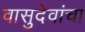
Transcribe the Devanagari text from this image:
वासुदेवांचा